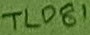
Text: TL081